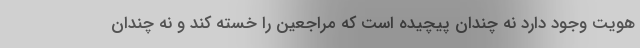
هویت وجود دارد نه چندان پیچیده است که مراجعین را خسته کند و نه چندان